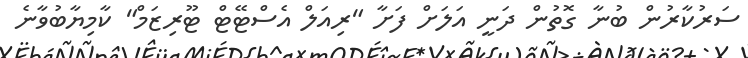
ސަރުކާރުން ބުނާ ގޮތުން ދަނީ އަލަށް ފަށާ "ރިއަލް އެސްޓޭޓް ޓޫރިޒަމް" ކާމިޔާބުވާނެ